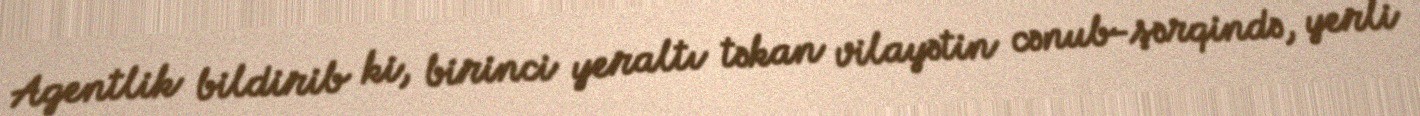
Agentlik bildirib ki, birinci yeraltı təkan vilayətin cənub-şərqində, yerli